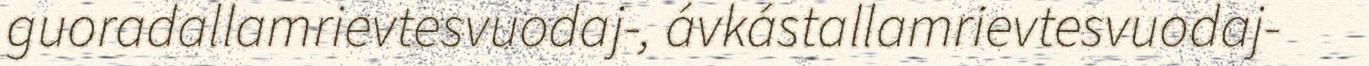
guoradallamrievtesvuodaj-, ávkástallamrievtesvuodaj-